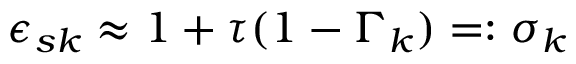
\epsilon _ { s { k } } \approx 1 + \tau ( 1 - \Gamma _ { k } ) = : \sigma _ { k }